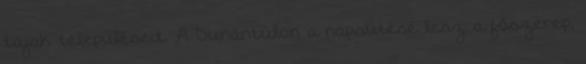
tájak településeit. A Dunántúlon a napsütésé lesz a főszerep,